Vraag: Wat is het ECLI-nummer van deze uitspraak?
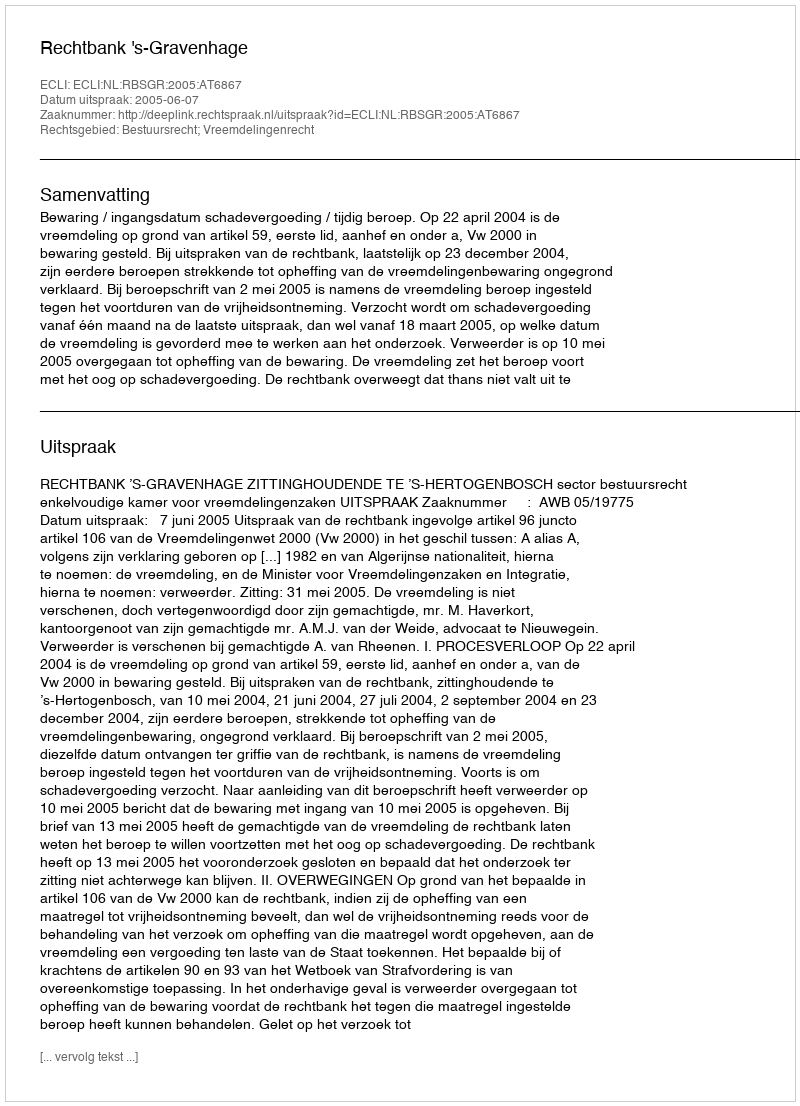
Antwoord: ECLI:NL:RBSGR:2005:AT6867